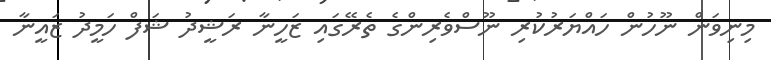
މިނިވަން ނޫހުން ހައްޔަރުކުރި ނޫސްވެރިންގެ ތެރޭގައި ޒަހީނާ ރަޝީދު ޝަފް ހަމީދު ޒައީނާ